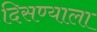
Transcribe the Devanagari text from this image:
दिसण्याला